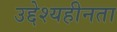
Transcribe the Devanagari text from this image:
उद्देश्यहीनता